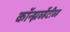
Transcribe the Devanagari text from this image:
कॉन्झर्व्हेटीव्ह